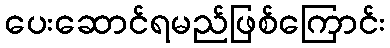
ပေးဆောင်ရမည်ဖြစ်ကြောင်း